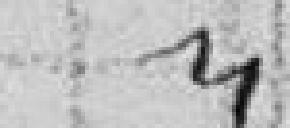
"